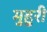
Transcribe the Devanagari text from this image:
मुहुरी